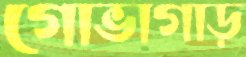
গোভাগাড়